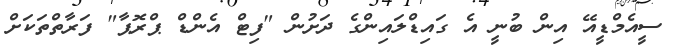
ސީއެމްޑީއޭ އިން ބުނީ އެ ގައިޑްލައިންގެ ދަށުން "ފިޓް އެންޑް ޕްރޮޕާ" ފަރާތްތަކަށް